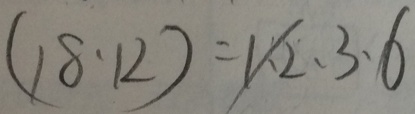
( 1 8 . 1 2 ) = 1 . 2 . 3 . 6